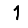
Digit: 1